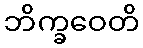
ဘိက္ခဝေတိ